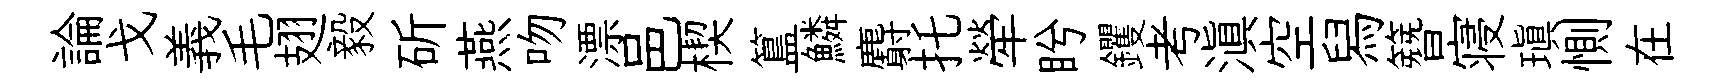
論戈義毛翅毅斫燕吻漂邑楔簋鱗麝托犖盻钁考滇空舄簪寝瑱惻在